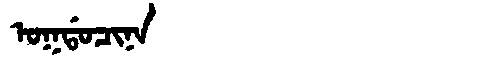
Manchu: ᠣᡴᡩᠣᠴᡳᠨᠠ
Romanization: OKDOCINA